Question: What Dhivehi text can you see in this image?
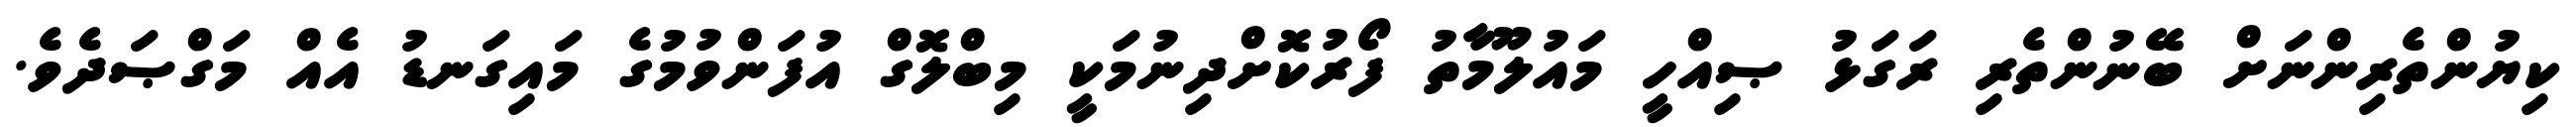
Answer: ކިޔުންތެރިންނަށް ބޭނުންތެރި ރަގަޅު ޞިއްހީ މައުލޫމާތު ފޯރުކޮށްދިނުމަކީ މިބްލޮގް އުފަންވުމުގެ މައިގަނޑު އެއް މަގްޞަދެވެ.